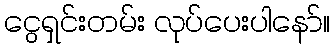
ငွေရှင်းတမ်း လုပ်ပေးပါနော်။